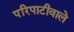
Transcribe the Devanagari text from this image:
परिपाटीवाले